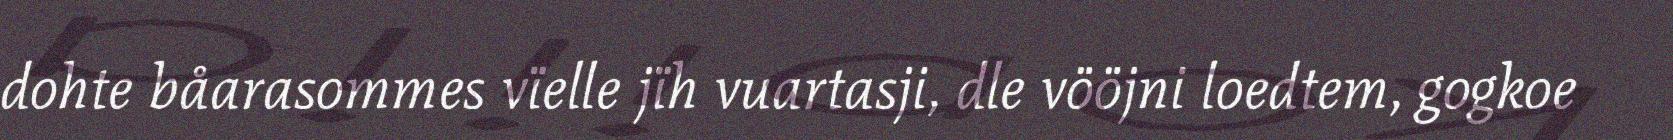
dohte båarasommes vïelle jïh vuartasji, dle vööjni loedtem, gogkoe